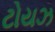
ટોયઝ